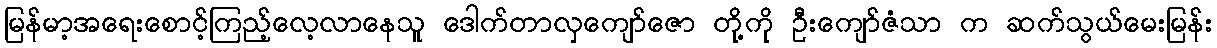
မြန်မာ့အရေးစောင့်ကြည့်လေ့လာနေသူ ဒေါက်တာလှကျော်ဇော တို့ကို ဦးကျော်ဇံသာ က ဆက်သွယ်မေးမြန်း